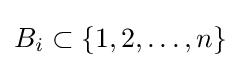
B_{i}\subset \{1,2,\dots ,n\}